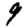
Digit: 9